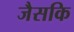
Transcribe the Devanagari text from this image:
जैसकि